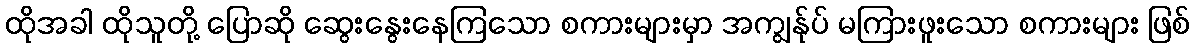
ထိုအခါ ထိုသူတို့ ပြောဆို ဆွေးနွေးနေကြသော စကားများမှာ အကျွန်ုပ် မကြားဖူးသော စကားများ ဖြစ်